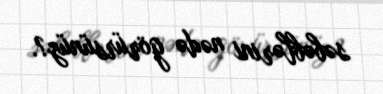
səbəblərini nədə görürsünüz?.